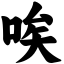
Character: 唉